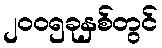
၂၀၀၅ခုနှစ်တွင်